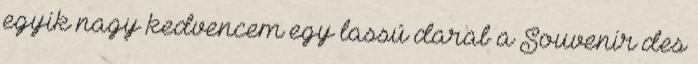
egyik nagy kedvencem egy lassú darab a Souvenir des